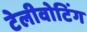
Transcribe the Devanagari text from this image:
टेलीवोटिंग